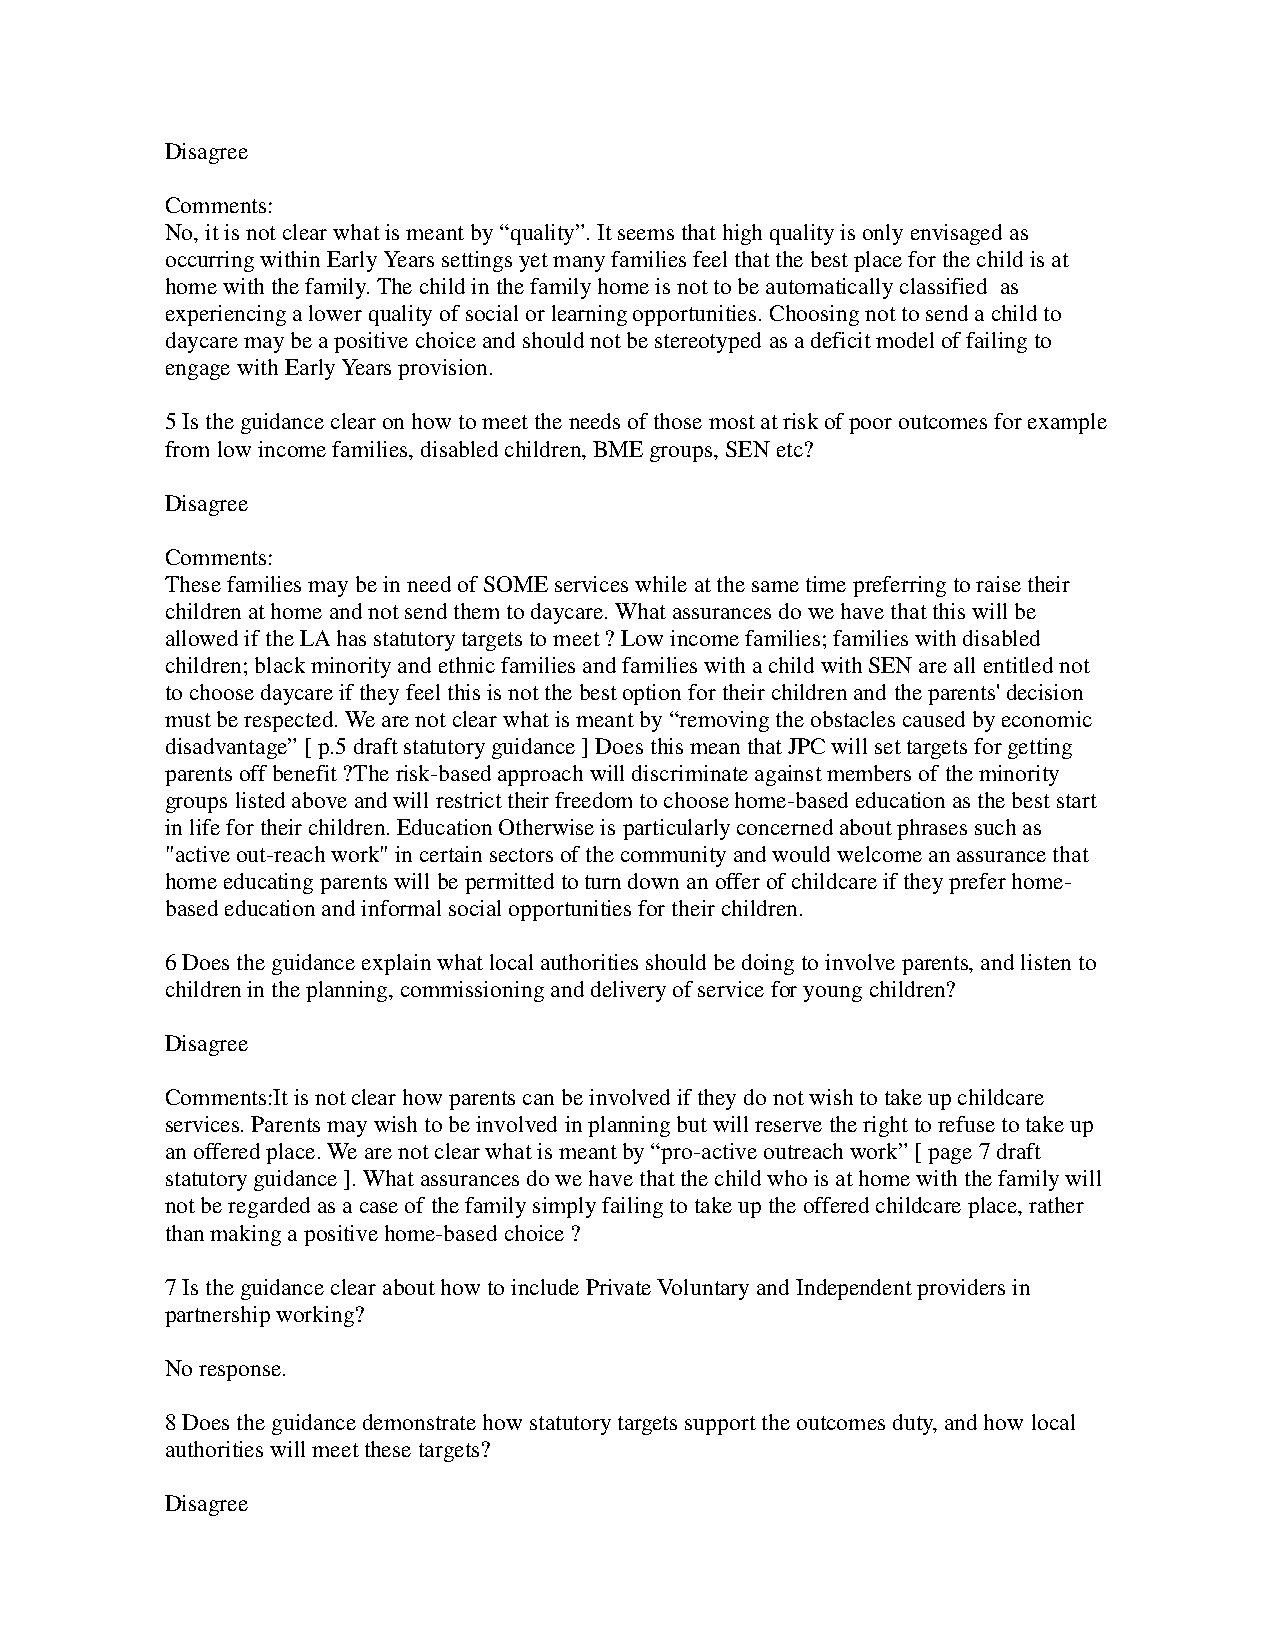
Disagree
 Comments:
 No, it is not clear what is meant by “quality”. It seems that high quality is only envisaged as
 occurring within Early Years settings yet many families feel that the best place for the child is at
 home with the family. The child in the family home is not to be automatically classified as
 experiencing a lower quality of social or learning opportunities. Choosing not to send a child to
 daycare may be a positive choice and should not be stereotyped as a deficit model of failing to
 engage with Early Years provision.
 5 Is the guidance clear on how to meet the needs of those most at risk of poor outcomes for example
 from low income families, disabled children, BME groups, SEN etc?
 Disagree
 Comments:
 These families may be in need of SOME services while at the same time preferring to raise their
 children at home and not send them to daycare. What assurances do we have that this will be
 allowed if the LA has statutory targets to meet ? Low income families; families with disabled
 children; black minority and ethnic families and families with a child with SEN are all entitled not
 to choose daycare if they feel this is not the best option for their children and the parents' decision
 must be respected. We are not clear what is meant by “removing the obstacles caused by economic
 disadvantage” [ p.5 draft statutory guidance ] Does this mean that JPC will set targets for getting
 parents off benefit ?The risk-based approach will discriminate against members of the minority
 groups listed above and will restrict their freedom to choose home-based education as the best start
 in life for their children. Education Otherwise is particularly concerned about phrases such as
 "active out-reach work" in certain sectors of the community and would welcome an assurance that
 home educating parents will be permitted to turn down an offer of childcare if they prefer home-
 based education and informal social opportunities for their children.
 6 Does the guidance explain what local authorities should be doing to involve parents, and listen to
 children in the planning, commissioning and delivery of service for young children?
 Disagree
 Comments:It is not clear how parents can be involved if they do not wish to take up childcare
 services. Parents may wish to be involved in planning but will reserve the right to refuse to take up
 an offered place. We are not clear what is meant by “pro-active outreach work” [ page 7 draft
 statutory guidance ]. What assurances do we have that the child who is at home with the family will
 not be regarded as a case of the family simply failing to take up the offered childcare place, rather
 than making a positive home-based choice ?
 7 Is the guidance clear about how to include Private Voluntary and Independent providers in
 partnership working?
 No response.
 8 Does the guidance demonstrate how statutory targets support the outcomes duty, and how local
 authorities will meet these targets?
 Disagree